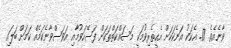
ވާނެއެވެ. 17. އެކަކު އަނެކަކަށް އެހީތެރިވުމަކީ މަސައްކަތްތަކަށް ފަސޭހަވުމާއި އަވަސްވާނެކަމެއް ކަމަށް ބަލައި